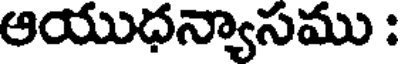
ఆయుధన్యాసము :